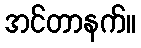
အင်တာနက်။